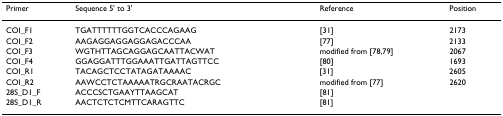
<table><thead><tr><td><b>Primer</b></td><td><b>Sequence 5&#x27; to 3&#x27;</b></td><td><b>Reference</b></td><td><b>Position</b></td></tr></thead><tbody><tr><td>COI_F1</td><td>TGATTTTTTGGTCACCCAGAAG</td><td>[31]</td><td>2173</td></tr><tr><td>COI_F2</td><td>AAGAGGAGGAGGAGACCCAA</td><td>[77]</td><td>2133</td></tr><tr><td>COI_F3</td><td>WGTHTTAGCAGGAGCAATTACWAT</td><td>modified from [78,79]</td><td>2067</td></tr><tr><td>COI_F4</td><td>GGAGGATTTGGAAATTGATTAGTTCC</td><td>[80]</td><td>1693</td></tr><tr><td>COI_R1</td><td>TACAGCTCCTATAGATAAAAC</td><td>[31]</td><td>2605</td></tr><tr><td>COI_R2</td><td>AAWCCTCTAAAAATRGCRAATACRGC</td><td>modified from [77]</td><td>2620</td></tr><tr><td>28S_D1_F</td><td>ACCCSCTGAAYTTAAGCAT</td><td>[81]</td><td></td></tr><tr><td>28S_D1_R</td><td>AACTCTCTCMTTCARAGTTC</td><td>[81]</td><td></td></tr></tbody></table>